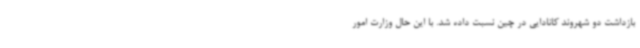
بازداشت دو شهروند کانادایی در چین نسبت داده شد. با این حال وزارت امور